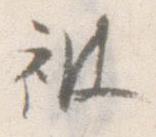
被